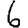
Digit: 6